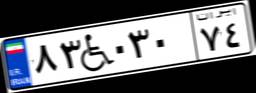
۸۳W۰۳۰۷۴